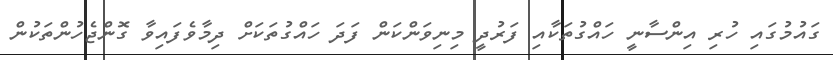
ގައުމުގައި ހުރި އިންސާނީ ހައްގުތަކާއި ފަރުދީ މިނިވަންކަން ފަދަ ހައްގުތަކަށް ދިމާވެފައިވާ ގޮންޖެހުންތަކުން